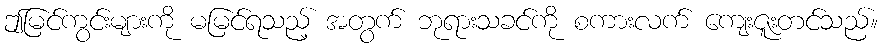
ဤမြင်ကွင်းများကို မမြင်ရသည့် အတွက် ဘုရားသခင်ကို စကားလက် ကျေးဇူးတင်သည်။